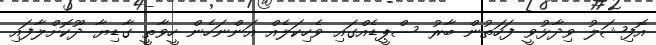
އޮފިޝަލު ވިދާޅުވީ ފަހަތުން ބާރު ސްޕީޑެއްގައި ވެހިކަލެއް އަންނަހެން ހީވާތީ ގާޑިޔާ ދޫކޮށްލާފައި